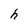
Character: h